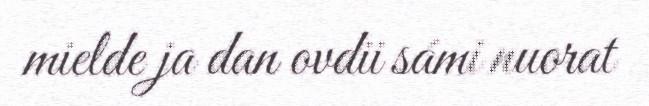
mielde ja dan ovdii sámi nuorat